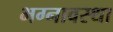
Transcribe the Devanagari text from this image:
भग्‍नावस्‍था